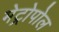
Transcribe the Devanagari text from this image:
मेट्रोपोल